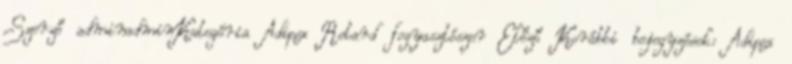
Szerző adminadminKategória Adipex Retard fogyasztószer Előző Korábbi bejegyzések: Adipex